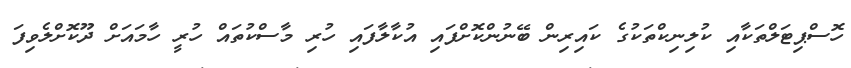
ހޮސްޕިޓަލްތަކާއި ކުލިނިކްތަކުގެ ކައިރިން ބޭނުންކޮށްފައި އުކާލާފައި ހުރި މާސްކުތައް ހުރީ ހާމައަށް ދޫކޮށްލެވިފަ